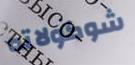
شوكولاته